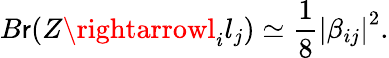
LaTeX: B\mathsf{r}(Z\rightarrowl_{i}l_{j})\simeq\frac{{1}}{{8}}\left|\beta_{ij}\right|^{2}.